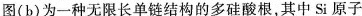
图(b)为一种无限长单链结构的多硅酸根，其中Si原子